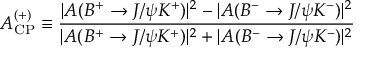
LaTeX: { \cal A } _ { \mathrm { C P } } ^ { ( + ) } \equiv \frac { | A ( B ^ { + } \to J / \psi K ^ { + } ) | ^ { 2 } - | A ( B ^ { - } \to J / \psi K ^ { - } ) | ^ { 2 } } { | A ( B ^ { + } \to J / \psi K ^ { + } ) | ^ { 2 } + | A ( B ^ { - } \to J / \psi K ^ { - } ) | ^ { 2 } }